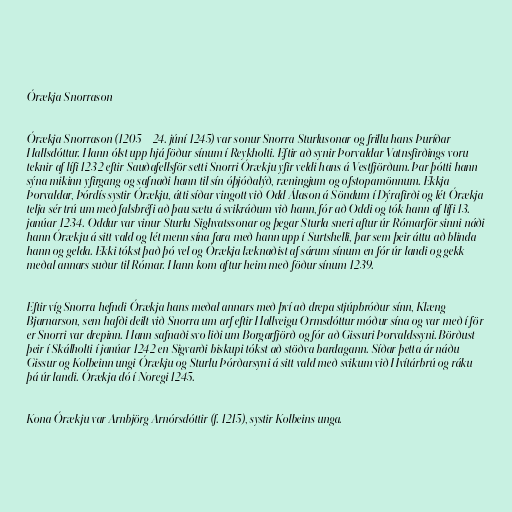
Órækja Snorrason

Órækja Snorrason (1205 – 24. júní 1245) var sonur Snorra Sturlusonar og frillu hans Þuríðar
Hallsdóttur. Hann ólst upp hjá föður sínum í Reykholti. Eftir að synir Þorvaldar Vatnsfirðings voru
teknir af lífi 1232 eftir Sauðafellsför setti Snorri Órækju yfir veldi hans á Vestfjörðum. Þar þótti hann
sýna mikinn yfirgang og safnaði hann til sín óþjóðalýð, ræningjum og ofstopamönnum. Ekkja
Þorvaldar, Þórdís systir Órækju, átti síðar vingott við Odd Álason á Söndum í Dýrafirði og lét Órækja
telja sér trú um með falsbréfi að þau sætu á svikráðum við hann, fór að Oddi og tók hann af lífi 13.
janúar 1234. Oddur var vinur Sturlu Sighvatssonar og þegar Sturla sneri aftur úr Rómarför sinni náði
hann Órækju á sitt vald og lét menn sína fara með hann upp í Surtshelli, þar sem þeir áttu að blinda
hann og gelda. Ekki tókst það þó vel og Órækja læknaðist af sárum sínum en fór úr landi og gekk
meðal annars suður til Rómar. Hann kom aftur heim með föður sínum 1239.

Eftir víg Snorra hefndi Órækja hans meðal annars með því að drepa stjúpbróður sínn, Klæng
Bjarnarson, sem hafði deilt við Snorra um arf eftir Hallveigu Ormsdóttur móður sína og var með í för
er Snorri var drepinn. Hann safnaði svo liði um Borgarfjörð og fór að Gissuri Þorvaldssyni. Börðust
þeir í Skálholti í janúar 1242 en Sigvarði biskupi tókst að stöðva bardagann. Síðar þetta ár náðu
Gissur og Kolbeinn ungi Órækju og Sturlu Þórðarsyni á sitt vald með svikum við Hvítárbrú og ráku
þá úr landi. Órækja dó í Noregi 1245.

Kona Órækju var Arnbjörg Arnórsdóttir (f. 1215), systir Kolbeins unga.